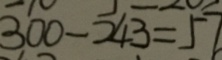
3 0 0 - 2 4 3 = 5 7